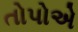
તોપોએ